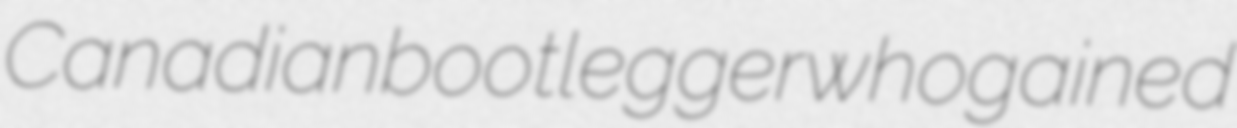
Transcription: Canadian bootlegger who gained